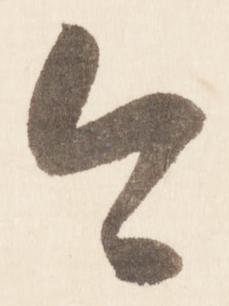
今